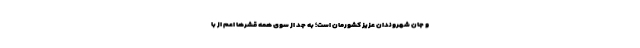
و جان شهروندان عزیز کشورمان است؛ به جد از سوی همه قشرها اعم از با